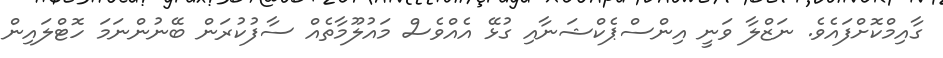
ގާއިމްކޮށްފައެވެ. ނަޒްލާ ވަނީ އިންސްޕެކްޝަނާއި ގުޅޭ އެއްވެސް މައުލޫމާތެއް ސާފުކުރަން ބޭނުންނަމަ ހޮޓްލައިިން